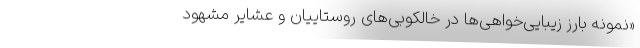
«نمونه بارز زیبایی‌خواهی‌ها در خالکوبی‌های روستاییان و عشایر مشهود